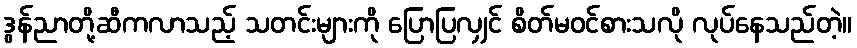
ဒွန်ညာတို့ဆီကလာသည့် သတင်းများကို ပြောပြလျှင် စိတ်မဝင်စားသလို လုပ်နေသည်တဲ့။